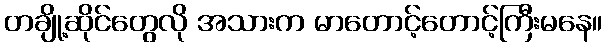
တချို့ဆိုင်တွေလို အသားက မာတောင့်တောင့်ကြီးမနေ။